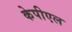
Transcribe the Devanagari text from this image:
केपीएल